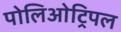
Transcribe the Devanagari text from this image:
पोलिओट्रिपल